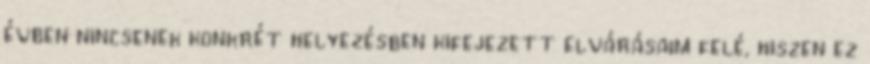
évben nincsenek konkrét helyezésben kifejezett elvárásaim felé, hiszen ez